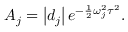
A _ { j } = \left| d _ { j } \right| e ^ { - \frac { 1 } { 2 } \omega _ { j } ^ { 2 } \tau ^ { 2 } } .